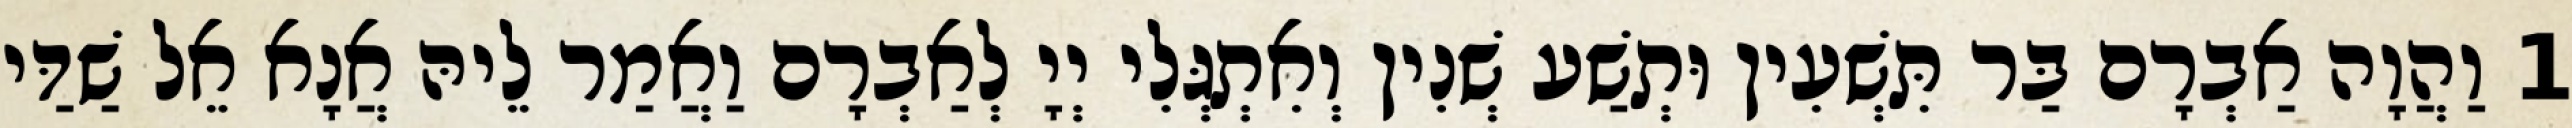
1 וַהֲוָה אַבְרָם בַּר תִּשְׁעִין וּתְשַׁע שְׁנִין וְאִתְגְּלִי יְיָ לְאַבְרָם וַאֲמַר לֵיהּ אֲנָא אֵל שַׁדַּי